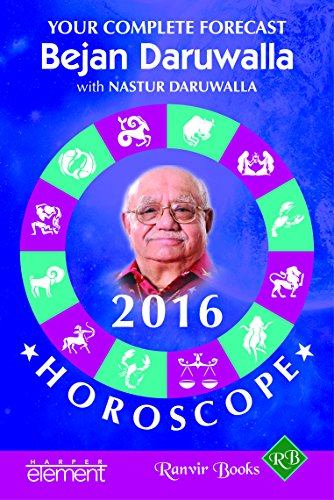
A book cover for Your Complete Forecast Horoscope 2016; Bejan Daruwalla; Religion & Spirituality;